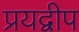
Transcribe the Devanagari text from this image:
प्रयद्वीप